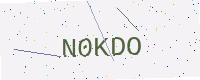
Text: N0KDO